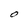
Character: O